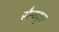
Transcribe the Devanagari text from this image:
सैन्यकृत